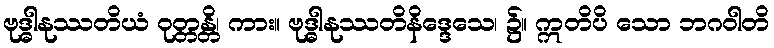
ဗုဒ္ဓါနုဿတိယံ ဝုတ္တန္တိ၊ ကား။ ဗုဒ္ဓါနုဿတိနိဒ္ဒေသေ၊ ၌။ ဣတိပိ သော ဘဂဝါတိ